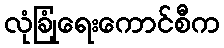
လုံခြုံရေးကောင်စီက